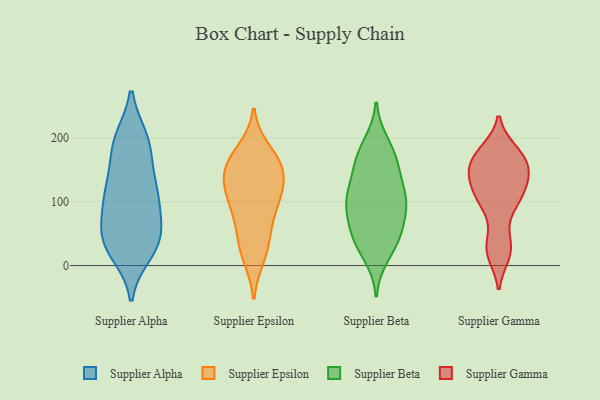
{"axis": {"x": "Active Users", "y": "Value"}, "legend": ["Supplier Alpha", "Supplier Beta", "Supplier Epsilon", "Supplier Gamma"], "data": [{"x": "", "y": 32, "type": "Supplier Alpha"}, {"x": "", "y": 197, "type": "Supplier Alpha"}, {"x": "", "y": 65, "type": "Supplier Alpha"}, {"x": "", "y": 103, "type": "Supplier Alpha"}, {"x": "", "y": 143, "type": "Supplier Alpha"}, {"x": "", "y": 109, "type": "Supplier Alpha"}, {"x": "", "y": 21, "type": "Supplier Alpha"}, {"x": "", "y": 126, "type": "Supplier Alpha"}, {"x": "", "y": 38, "type": "Supplier Alpha"}, {"x": "", "y": 182, "type": "Supplier Alpha"}, {"x": "", "y": 194, "type": "Supplier Alpha"}, {"x": "", "y": 38, "type": "Supplier Alpha"}, {"x": "", "y": 94, "type": "Supplier Alpha"}, {"x": "", "y": 34, "type": "Supplier Alpha"}, {"x": "", "y": 196, "type": "Supplier Alpha"}, {"x": "", "y": 52, "type": "Supplier Alpha"}, {"x": "", "y": 112, "type": "Supplier Alpha"}, {"x": "", "y": 69, "type": "Supplier Epsilon"}, {"x": "", "y": 156, "type": "Supplier Epsilon"}, {"x": "", "y": 139, "type": "Supplier Epsilon"}, {"x": "", "y": 111, "type": "Supplier Epsilon"}, {"x": "", "y": 15, "type": "Supplier Epsilon"}, {"x": "", "y": 153, "type": "Supplier Epsilon"}, {"x": "", "y": 93, "type": "Supplier Epsilon"}, {"x": "", "y": 25, "type": "Supplier Epsilon"}, {"x": "", "y": 44, "type": "Supplier Epsilon"}, {"x": "", "y": 104, "type": "Supplier Epsilon"}, {"x": "", "y": 150, "type": "Supplier Epsilon"}, {"x": "", "y": 179, "type": "Supplier Epsilon"}, {"x": "", "y": 166, "type": "Supplier Epsilon"}, {"x": "", "y": 115, "type": "Supplier Epsilon"}, {"x": "", "y": 40, "type": "Supplier Beta"}, {"x": "", "y": 104, "type": "Supplier Beta"}, {"x": "", "y": 191, "type": "Supplier Beta"}, {"x": "", "y": 179, "type": "Supplier Beta"}, {"x": "", "y": 154, "type": "Supplier Beta"}, {"x": "", "y": 84, "type": "Supplier Beta"}, {"x": "", "y": 164, "type": "Supplier Beta"}, {"x": "", "y": 106, "type": "Supplier Beta"}, {"x": "", "y": 113, "type": "Supplier Beta"}, {"x": "", "y": 156, "type": "Supplier Beta"}, {"x": "", "y": 60, "type": "Supplier Beta"}, {"x": "", "y": 109, "type": "Supplier Beta"}, {"x": "", "y": 16, "type": "Supplier Beta"}, {"x": "", "y": 39, "type": "Supplier Beta"}, {"x": "", "y": 73, "type": "Supplier Beta"}, {"x": "", "y": 41, "type": "Supplier Beta"}, {"x": "", "y": 106, "type": "Supplier Beta"}, {"x": "", "y": 103, "type": "Supplier Gamma"}, {"x": "", "y": 96, "type": "Supplier Gamma"}, {"x": "", "y": 171, "type": "Supplier Gamma"}, {"x": "", "y": 154, "type": "Supplier Gamma"}, {"x": "", "y": 22, "type": "Supplier Gamma"}, {"x": "", "y": 42, "type": "Supplier Gamma"}, {"x": "", "y": 103, "type": "Supplier Gamma"}, {"x": "", "y": 126, "type": "Supplier Gamma"}, {"x": "", "y": 150, "type": "Supplier Gamma"}, {"x": "", "y": 180, "type": "Supplier Gamma"}, {"x": "", "y": 17, "type": "Supplier Gamma"}, {"x": "", "y": 144, "type": "Supplier Gamma"}, {"x": "", "y": 176, "type": "Supplier Gamma"}, {"x": "", "y": 134, "type": "Supplier Gamma"}]}